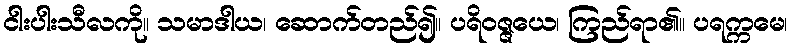
ငါးပါးသီလကို။ သမာဒါယ၊ ဆောက်တည်၍။ ပရိဝဇ္ဇယေ၊ ကြည်ရာ၏။ ပရက္ကမေ၊